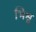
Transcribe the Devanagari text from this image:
भिश्व